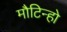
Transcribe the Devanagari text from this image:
मौटिन्हो